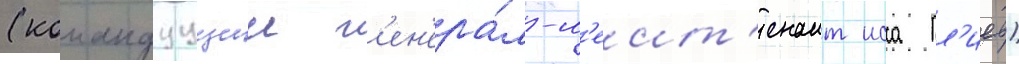
(командуущии г'ен'ера́л-л'еит'енант исса пл'иев)